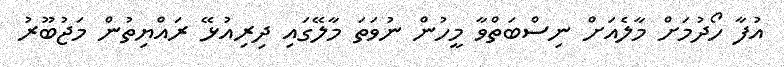
އުފާ ހޯދުމަށް މާލެއަށް ނިސްބަތްވާ މީހުން ނުވަތަ މާލޭގައި ދިރިއުޅޭ ރައްޔިތުން މަޖުބޫރު